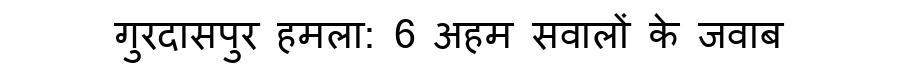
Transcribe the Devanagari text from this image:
गुरदासपुर हमला: 6 अहम सवालों के जवाब